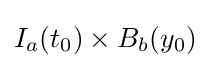
I_{a}(t_{0})\times B_{b}(y_{0})